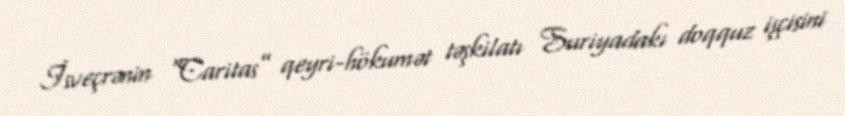
İsveçrənin “Caritas” qeyri-hökumət təşkilatı Suriyadakı doqquz işçisini